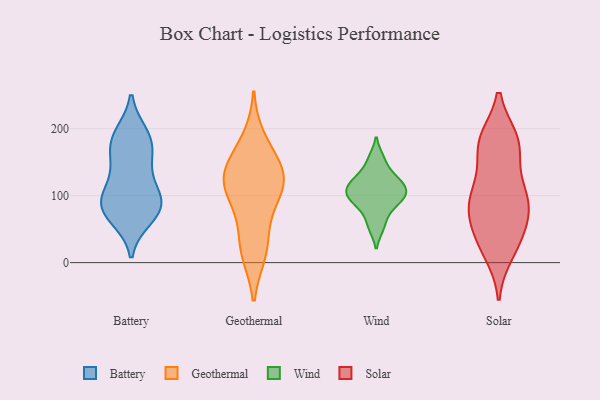
{"axis": {"x": "Page Views", "y": "Value"}, "legend": ["Battery", "Geothermal", "Solar", "Wind"], "data": [{"x": "", "y": 130, "type": "Battery"}, {"x": "", "y": 169, "type": "Battery"}, {"x": "", "y": 149, "type": "Battery"}, {"x": "", "y": 75, "type": "Battery"}, {"x": "", "y": 67, "type": "Battery"}, {"x": "", "y": 103, "type": "Battery"}, {"x": "", "y": 94, "type": "Battery"}, {"x": "", "y": 188, "type": "Battery"}, {"x": "", "y": 191, "type": "Battery"}, {"x": "", "y": 79, "type": "Battery"}, {"x": "", "y": 179, "type": "Battery"}, {"x": "", "y": 92, "type": "Battery"}, {"x": "", "y": 85, "type": "Battery"}, {"x": "", "y": 155, "type": "Geothermal"}, {"x": "", "y": 17, "type": "Geothermal"}, {"x": "", "y": 97, "type": "Geothermal"}, {"x": "", "y": 51, "type": "Geothermal"}, {"x": "", "y": 138, "type": "Geothermal"}, {"x": "", "y": 125, "type": "Geothermal"}, {"x": "", "y": 184, "type": "Geothermal"}, {"x": "", "y": 15, "type": "Geothermal"}, {"x": "", "y": 130, "type": "Geothermal"}, {"x": "", "y": 119, "type": "Geothermal"}, {"x": "", "y": 102, "type": "Geothermal"}, {"x": "", "y": 75, "type": "Wind"}, {"x": "", "y": 101, "type": "Wind"}, {"x": "", "y": 114, "type": "Wind"}, {"x": "", "y": 110, "type": "Wind"}, {"x": "", "y": 97, "type": "Wind"}, {"x": "", "y": 52, "type": "Wind"}, {"x": "", "y": 132, "type": "Wind"}, {"x": "", "y": 92, "type": "Wind"}, {"x": "", "y": 156, "type": "Wind"}, {"x": "", "y": 123, "type": "Wind"}, {"x": "", "y": 102, "type": "Solar"}, {"x": "", "y": 94, "type": "Solar"}, {"x": "", "y": 28, "type": "Solar"}, {"x": "", "y": 81, "type": "Solar"}, {"x": "", "y": 182, "type": "Solar"}, {"x": "", "y": 29, "type": "Solar"}, {"x": "", "y": 127, "type": "Solar"}, {"x": "", "y": 15, "type": "Solar"}, {"x": "", "y": 177, "type": "Solar"}, {"x": "", "y": 90, "type": "Solar"}, {"x": "", "y": 43, "type": "Solar"}, {"x": "", "y": 172, "type": "Solar"}, {"x": "", "y": 62, "type": "Solar"}, {"x": "", "y": 183, "type": "Solar"}, {"x": "", "y": 180, "type": "Solar"}, {"x": "", "y": 101, "type": "Solar"}, {"x": "", "y": 75, "type": "Solar"}]}